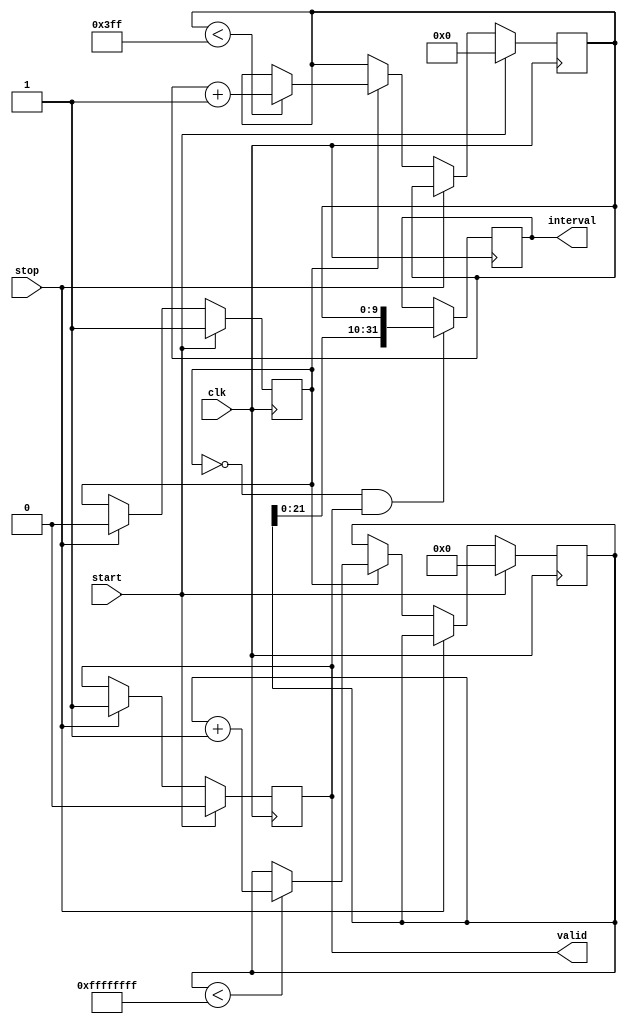
module TDC (
    input wire clk,           // High-frequency clock input
    input wire start,         // Start signal
    input wire stop,          // Stop signal
    output reg [31:0] interval, // Output time interval (high-resolution)
    output reg valid          // Output valid signal
    );

    // Parameters
    parameter COARSE_MAX = 32'hFFFFFFFF; // Max value for coarse counter (32 bits)
    parameter FINE_RESOLUTION = 10;       // Number of fine clock cycles for interpolation

    // Internal signals
    reg [31:0] coarse_counter;        // Coarse counter for timing
    reg [FINE_RESOLUTION-1:0] fine_counter; // Fine counter for resolution improvement
    reg measuring;                    // Measurement state flag
    reg start_detected, stop_detected; // Edge detection flags

    // State Machine to manage TDC operations
    always @(posedge clk) begin
        if (start) begin
            measuring <= 1'b1;       // Start measurement
            coarse_counter <= 0;     // Reset coarse counter
            fine_counter <= 0;       // Reset fine counter
            valid <= 1'b0;           // Clear valid signal
            start_detected <= 1'b1;  // Set start detected flag
        end else if (stop) begin
            measuring <= 1'b0;       // Stop measurement
            valid <= 1'b1;           // Set valid output signal
            stop_detected <= 1'b1;   // Set stop detected flag
        end else if (measuring) begin
            // Increment coarse counter
            if (coarse_counter < COARSE_MAX) begin
                coarse_counter <= coarse_counter + 1;
            end

            // Increment fine counter for higher resolution
            if (fine_counter < (1 << FINE_RESOLUTION) - 1) begin
                fine_counter <= fine_counter + 1;
            end
        end
    end

    // Interpolation Logic
    always @(posedge clk) begin
        if (!measuring && valid) begin
            // Output the interval value combining coarse and fine counters
            interval <= {coarse_counter, fine_counter}; // Simple concatenation
            // Calibration and error correction logic can be added here
        end
    end

    // Reset detection for signals
    always @(posedge clk) begin
        if (start) begin
            start_detected <= 1'b0;  // Clear start detected after processing
        end
        if (stop) begin
            stop_detected <= 1'b0;   // Clear stop detected after processing
        end
    end

endmodule